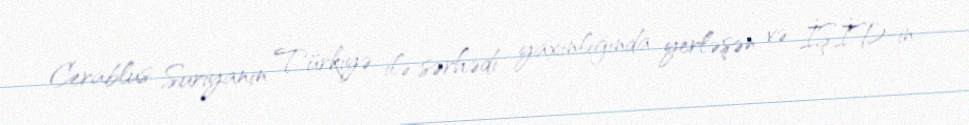
Cerablus Suriyanın Türkiyə ilə sərhədi yaxınlığında yerləşən və İŞİD-in